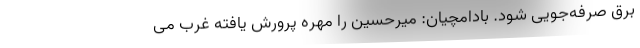
برق صرفه‌جویی شود. بادامچیان: میرحسین را مهره پرورش یافته غرب می